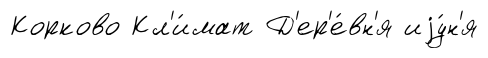
Корково Кл'и́мат Д'ер'е́вн'я иjу́н'я